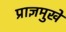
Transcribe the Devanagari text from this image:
प्राज्ञमुखें